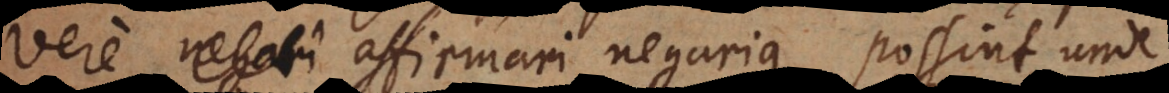
vere negari affirmari negarique possint, unde